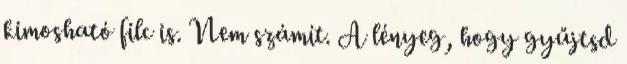
kimosható filc is. Nem számít. A lényeg, hogy gyűjtsd